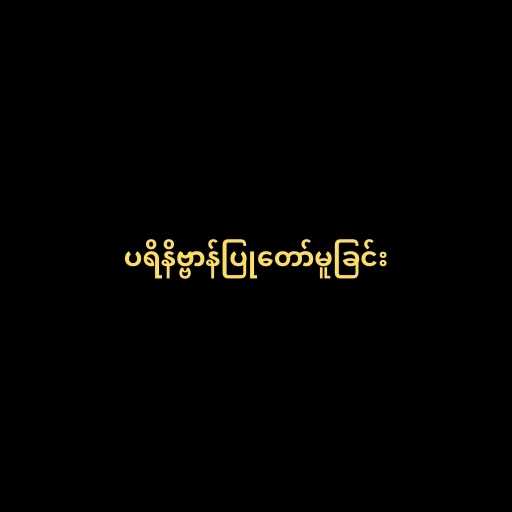
ပရိနိဗ္ဗာန်ပြုတော်မူခြင်း